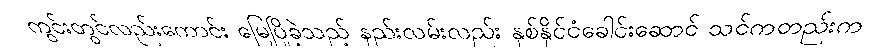
ကွင်းတွင်လည်းကောင်း မြေပြိုခဲ့သည့် နည်းလမ်းလည်း နှစ်နိုင်ငံခေါင်းဆောင် သင်ကတည်းက